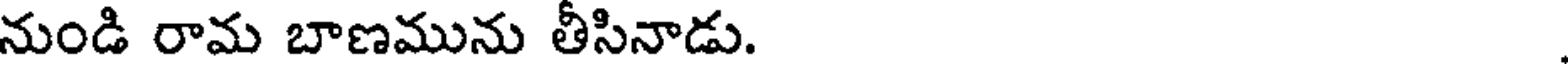
నుండి రామ బాణమును తీసినాడు.